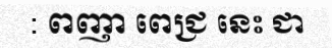
: ពញា ពេជ្រ នេះ ជា